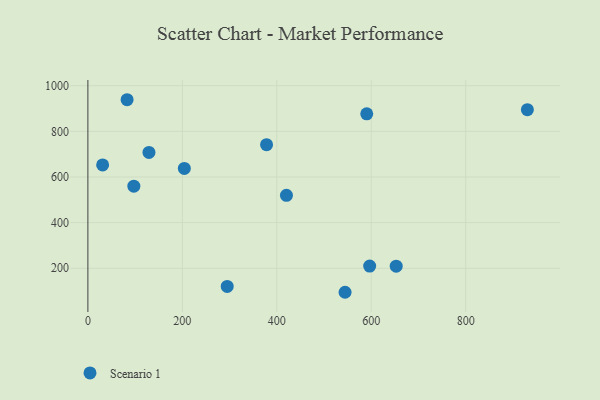
{"axis": {"x": "Investment", "y": "Demand"}, "legend": ["Scenario 1"], "data": [{"x": "378.3", "y": 741.5, "type": "Scenario 1"}, {"x": "930.5", "y": 894.9, "type": "Scenario 1"}, {"x": "652.8", "y": 209.3, "type": "Scenario 1"}, {"x": "31.2", "y": 653.0, "type": "Scenario 1"}, {"x": "295.0", "y": 120.6, "type": "Scenario 1"}, {"x": "204.2", "y": 637.5, "type": "Scenario 1"}, {"x": "590.4", "y": 876.8, "type": "Scenario 1"}, {"x": "544.5", "y": 94.9, "type": "Scenario 1"}, {"x": "420.4", "y": 519.5, "type": "Scenario 1"}, {"x": "596.6", "y": 209.5, "type": "Scenario 1"}, {"x": "83.0", "y": 938.6, "type": "Scenario 1"}, {"x": "97.3", "y": 560.0, "type": "Scenario 1"}, {"x": "129.3", "y": 707.8, "type": "Scenario 1"}]}